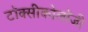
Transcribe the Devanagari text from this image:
टॉक्सीकोलॉजी